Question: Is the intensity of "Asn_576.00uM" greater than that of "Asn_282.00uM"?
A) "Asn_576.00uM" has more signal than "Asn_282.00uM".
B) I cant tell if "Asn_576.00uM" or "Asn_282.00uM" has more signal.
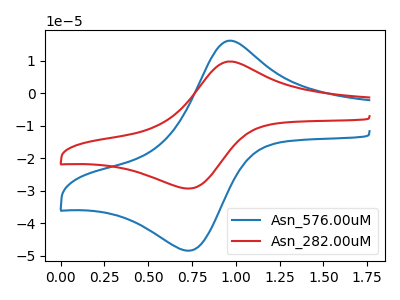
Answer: <think>The blue curve "Asn_576.00uM" has an anodic peak at (0.95V, 16.20uA) and a cathodic peak at (0.75V, -48.50uA). The red curve "Asn_282.00uM" has an anodic peak at (0.95V, 9.80uA) and a cathodic peak at (0.75V, -29.35uA).
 All the peaks in "Asn_576.00uM" have a peak in "Asn_282.00uM" at the same potential. Every peak in "Asn_576.00uM" is higher than every peak in "Asn_282.00uM".</think>
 <answer>A) "Asn_576.00uM" has more signal than "Asn_282.00uM".</answer>
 <eval>A</eval>